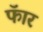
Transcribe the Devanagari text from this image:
फॅार